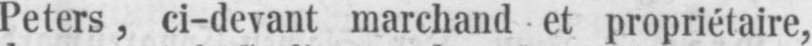
Peters,ci-devant marchand et propriétaire,